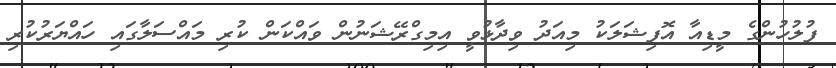
ފުލުހުންގެ މީޑިއާ އޮފިޝަލަކު މިއަދު ވިދާޅުވީ އިމިގްރޭޝަނުން ވައްކަން ކުރި މައްސަލާގައި ހައްޔަރުކުރި